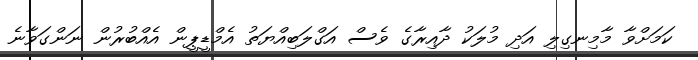
ކަމަށްވާ މާމިނގިލި އަދި މުލަކު ދާއިރާގެ ވެސް އަގްލަބިއްޔަތު އެމްޑީޕީން އެއްބުރުން ނަންގަވާނެ